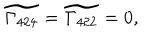
LaTeX: \widetilde { \Gamma _ { 4 2 4 } } = \widetilde { \Gamma _ { 4 2 2 } } = 0 ,